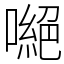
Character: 𠾼